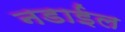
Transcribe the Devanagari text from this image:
नडाईल